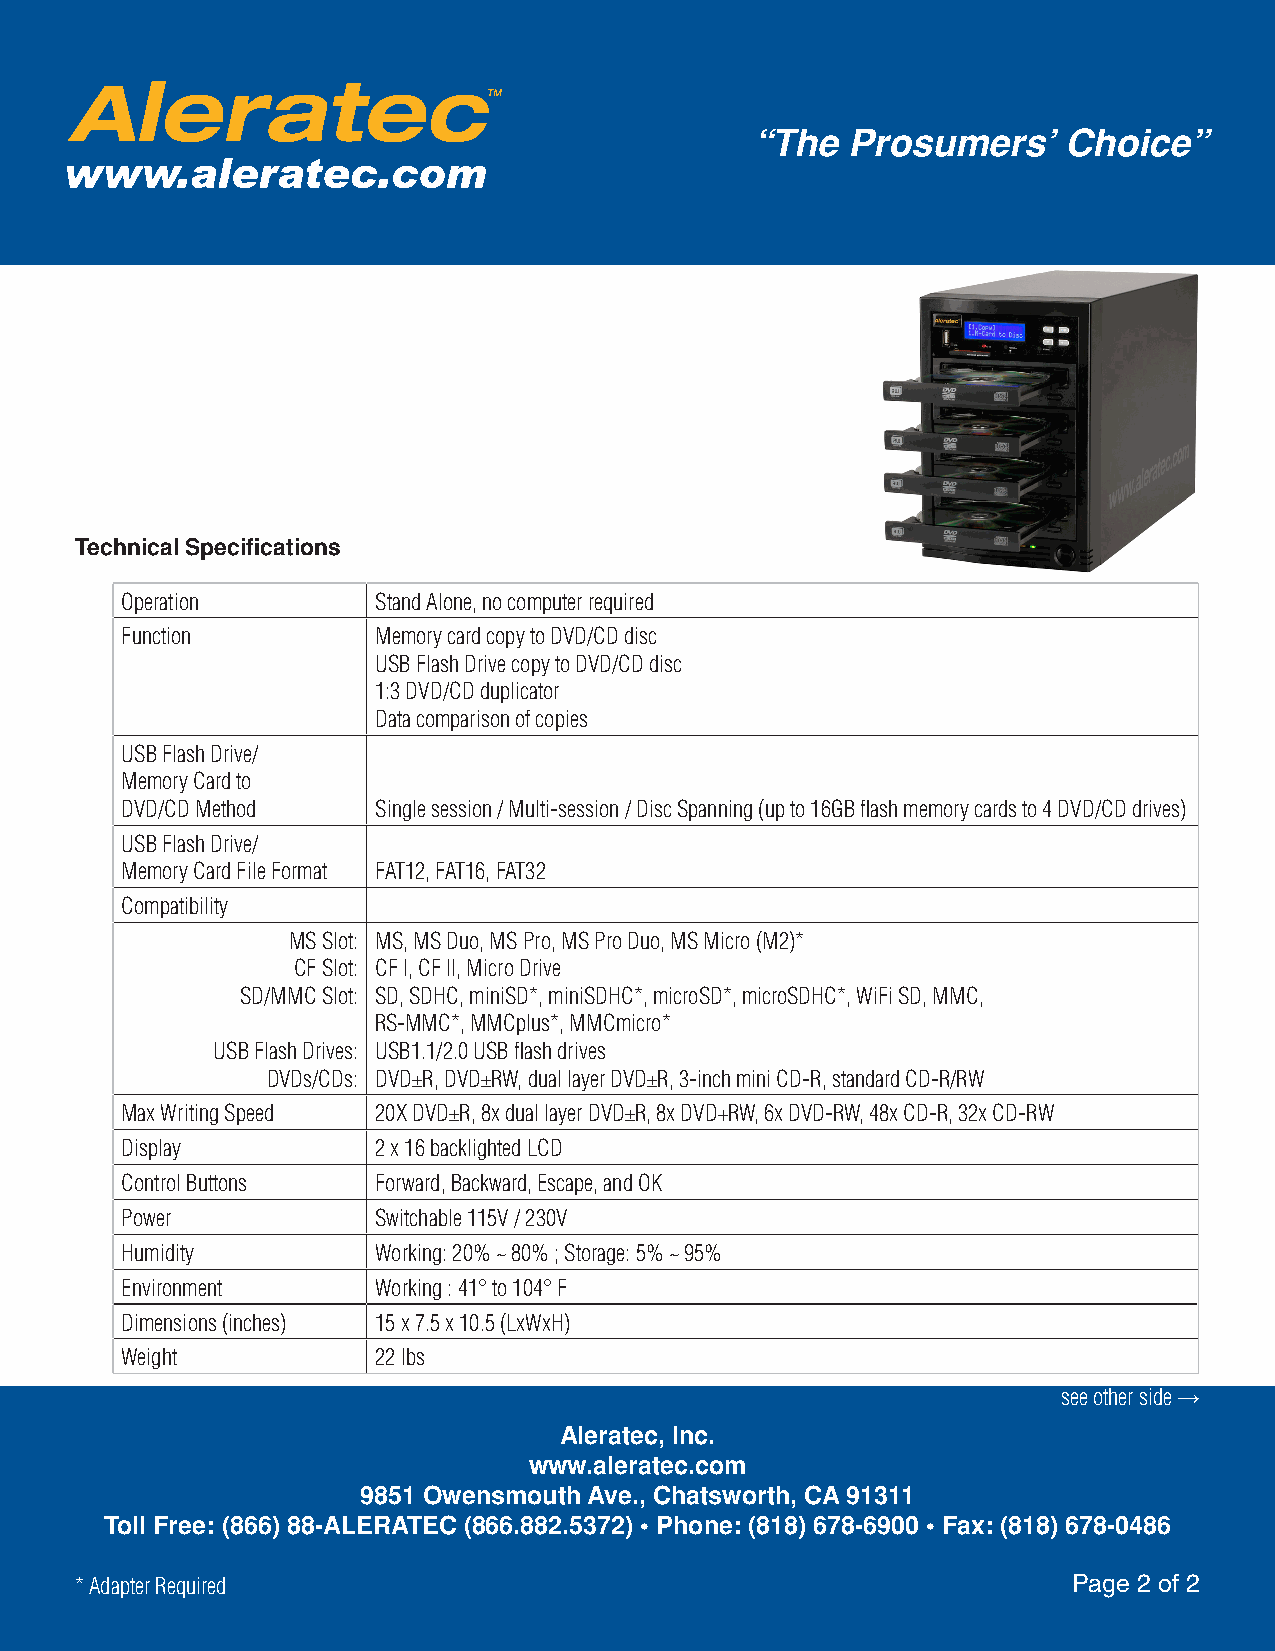
“The  Prosumers’    Choice”
 Technical Specifications
 Operation        Stand Alone, no computer required
 Function         Memory card copy to DVD/CD disc
 USB Flash Drive copy to DVD/CD disc
 1:3 DVD/CD duplicator
 Data comparison of copies
 USB Flash Drive/
 Memory Card to
 DVD/CD Method    Single session / Multi-session / Disc Spanning (up to 16GB flash memory cards to 4 DVD/CD drives)
 USB Flash Drive/
 Memory Card File Format FAT12, FAT16, FAT32
 Compatibility
 MS Slot: MS, MS Duo, MS Pro, MS Pro Duo, MS Micro (M2)*
 CF Slot: CF I, CF II, Micro Drive
 SD/MMC Slot: SD, SDHC, miniSD*, miniSDHC*, microSD*, microSDHC*, WiFi SD, MMC,
 RS-MMC*, MMCplus*, MMCmicro*
 USB Flash Drives: USB1.1/2.0 USB flash drives
 DVDs/CDs: DVD±R, DVD±RW, dual layer DVD±R, 3-inch mini CD-R, standard CD-R/RW
 Max Writing Speed 20X DVD±R, 8x dual layer DVD±R, 8x DVD+RW, 6x DVD-RW, 48x CD-R, 32x CD-RW
 Display          2 x 16 backlighted LCD
 Control Buttons  Forward, Backward, Escape, and OK
 Power            Switchable 115V / 230V
 Humidity         Working: 20% ~ 80% ; Storage: 5% ~ 95%
 Environment      Working : 41° to 104° F
 Dimensions (inches) 15 x 7.5 x 10.5 (LxWxH)
 Weight           22 lbs
 see other side →
 Aleratec, Inc.
 www.aleratec.com
 9851 Owensmouth Ave., Chatsworth, CA 91311
 Toll Free: (866) 88-ALERATEC (866.882.5372) • Phone: (818) 678-6900 • Fax: (818) 678-0486
 * Adapter Required                                                Page 2 of 2